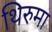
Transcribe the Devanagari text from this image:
थिरुमा